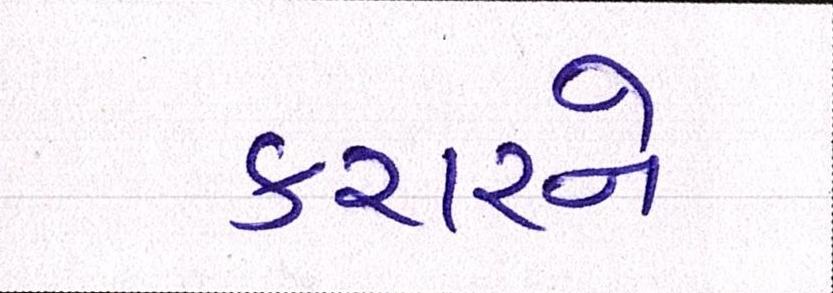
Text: કરારને